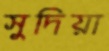
সুদিয়া